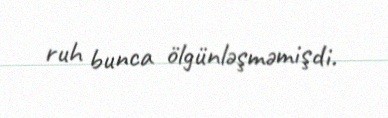
ruh bunca ölgünləşməmişdi.